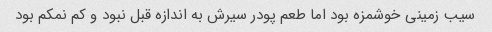
سیب زمینی خوشمزه بود اما طعم پودر سیرش به اندازه قبل نبود و کم نمکم بود